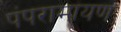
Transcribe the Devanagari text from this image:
पंपरामायण